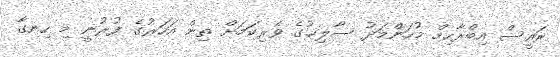
ރައީސް އިބްރާހިމް މުހަންމަދު ސާލިޙުގެ ވެރިކަމަށް ތިން އަހަރުގެ ފުރުނީ މި ހިނގާ